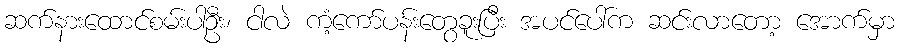
ဆက်နားထောင်စမ်းပါဦး၊ ငါလဲ ကံ့ကော်ပန်းတွေခူးပြီး အပင်ပေါ်က ဆင်းလာတော့ အောက်မှာ